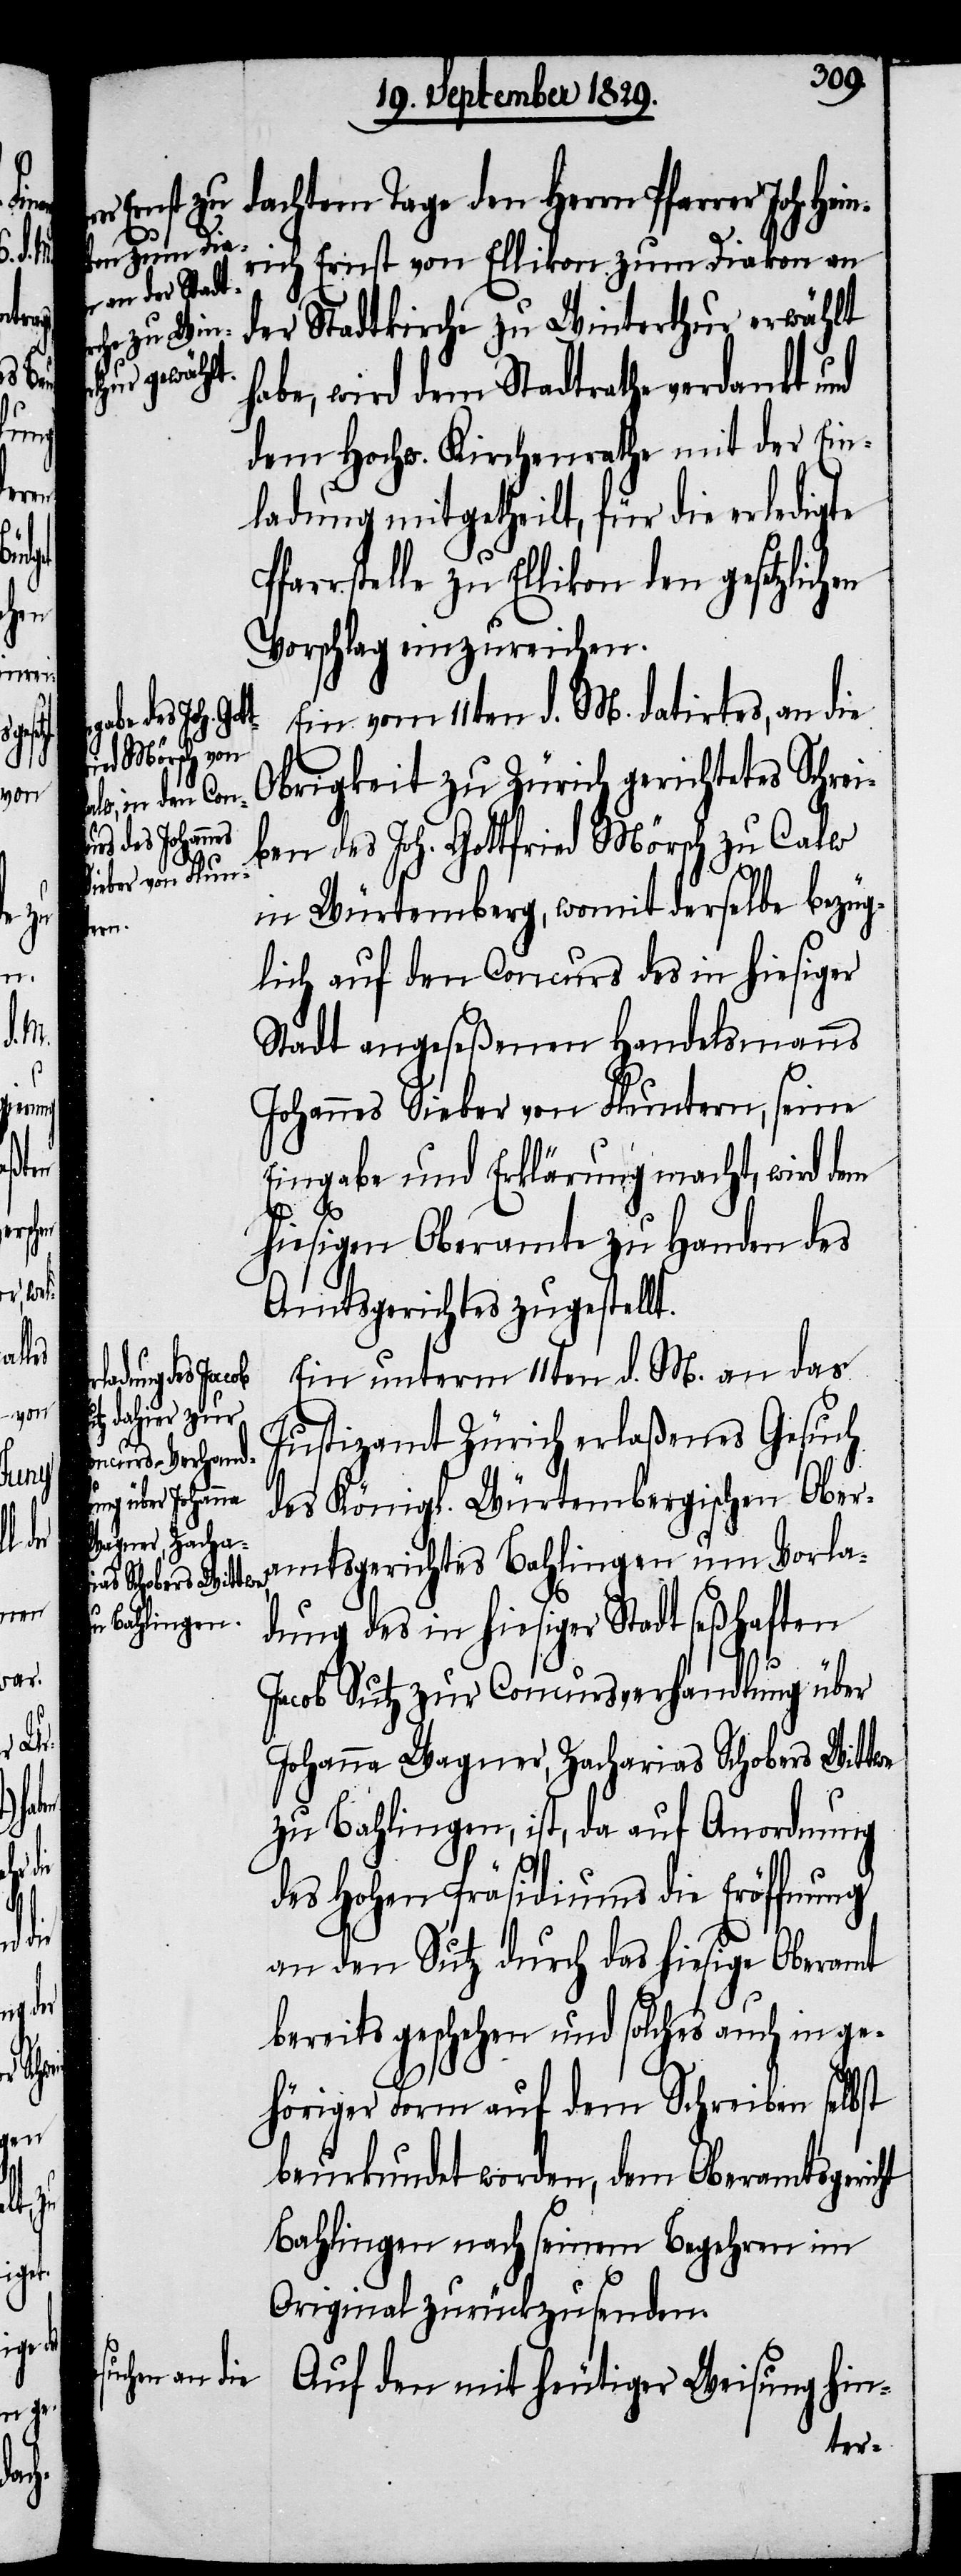
den

le

nrich Ernst von Ellikon zum Diakon an
der Stadtkirche zu Winterthur erwählt
habe, wird dem Stadtrathe verdankt und
dem Hochw. Kirchenrathe mit der Ein¬
ladung mitgetheilt, für die erledigte
Vorschlag einzureichen.
Ein vom 11ten d. M. datirtes, an die
rer Joh. Hei¬
Obrigkeit zu Zürich gerichtetes Schrei¬
ben des Joh. Gottfried Mörsch zu Calw
in Würtemberg, womit derselbe bezüg¬
lich auf den Concurs des in hiesiger
Stadt angeseßenen Handelsmanns
Johannes Sieber von Fluntern, seine
Eingabe und Erklärung macht, wird dem
hiesigen Oberamte zu Handen des
Amtsgerichtes zugestellt.
Ein unterm 11ten d. M. an das
Pfarrstel¬
Justizamt Zürich erlaßenes Gesuch
gesetzlichen
des Königl. Würtembergischen Ober¬
amtsgerichtes Bahlingen um Vorla¬
dung des in hiesiger Stadt seßhaften
Jacob Sutz zur Concursverhandlung über
Johanna Wagner, Zacharias Schobers Wittwe
zu Bahlingen, ist, da auf Anordnung
des Hohen Präsidiums die Eröffnung
an den Sutz durch das hiesige Oberamt
bereits geschehen und solches auch in ge¬
höriger Form auf dem Schreiben selbst
beurkundet worden, dem Oberamtsgericht
Bahlingen nach seinem Begehren im
Original zurückzusenden.
Auf den mit heutiger Weisung hin-